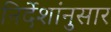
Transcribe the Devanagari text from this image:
निर्देशांनुसार